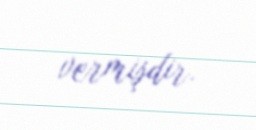
vermişdir.